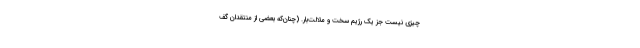
چیزی نیست جز یک رژیم سخت و ملالت‌بار. (چنان‌که بعضی از منتقدان گف